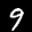
Label: 9